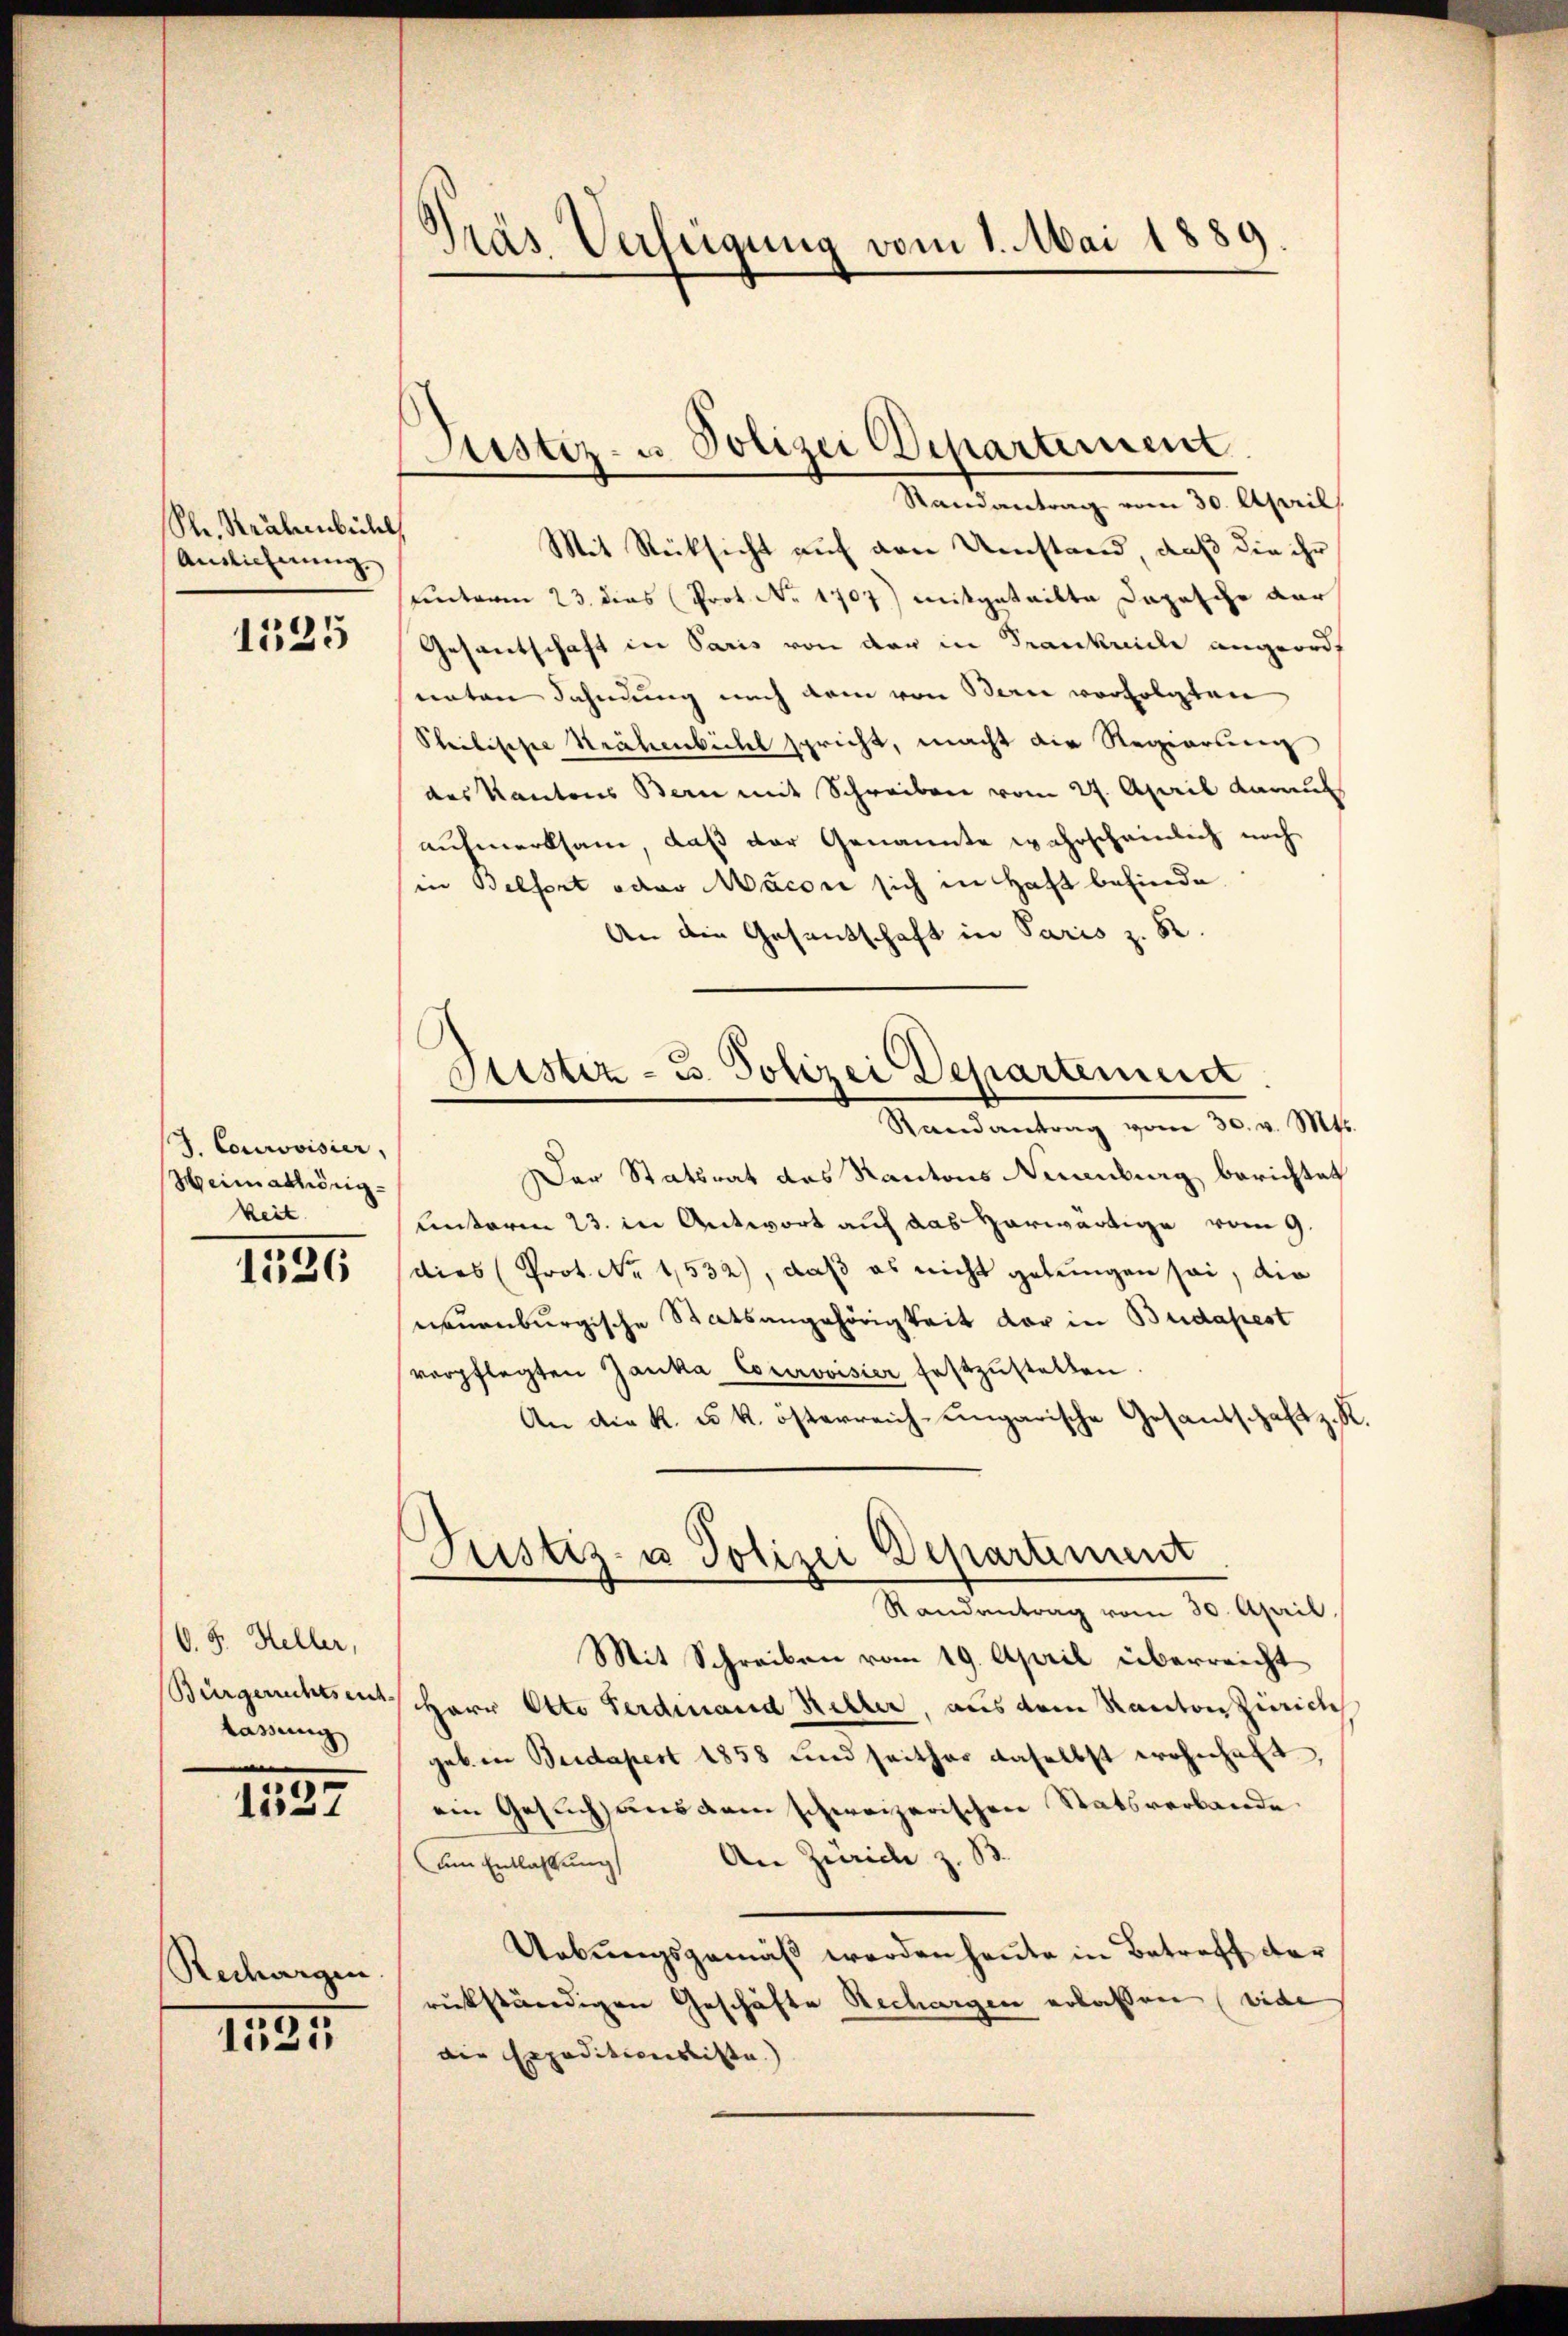
Sr. Krähenbichl
Ansicherung

1525

J. Courovisier,
Heimathörig
keit.

1526

O. J. Heller,
Bürgerrechtsent.
lassung

1537

Rechargen

1535

Gräs Verfügung vom 1. Mai 1889

Justiz- u. Polizei Departement

Mandantung vom 10 April
Mit Rücksicht auf den Umstand, daß die ihr
Einterm 23. dies Prot. No. 1707) mitgeteilte Dapasche dar
Gesantschaft in Paris von der in Trankricle angeord
enten Dahndung nach dem von Berne verfolgten
Philischer Krähenbichl spricht, macht die Regierung
des Kantons Bern mit Schreiben vom 27. April daraus
aufmerksam, daß der Genannte wahrscheinlich noch
in Belfort oder Macon sich in Haft befinde
An die Gesantschaft in Paris z. R.

Justiz- B. Polizei Departement
Randantrag vom 30. v. Mts.

Der Statsrat des Kantons Neuenburg berichtet
Unterm 23. in Antwort auf das herwärtige vom 9.
dies (Prot. No 1532), daß es nicht gelungen sei, die
neuenburgische Statsangehörigkeit der in Budapest
verpflegten Zanka Courovisier festzŭstellen.
An die K. u. k. österreich-ungarische Gesandschaft z. R.
Mit Schreiben vom 19. April überreicht
Herr Otto Ferdinand Keller aus dem Kanton Zürich
geben Beidapest 1858 und seither daselbst wohnhaft,
ein Gesuch aus dem schweizerischen Statsverbande.
An Zürich z. B.
am Entlassung
Uebungsgemäß werden heute in Betreff der
rükständigen Geschäfte Rechargen erlassen (vide
die Expeditionsliste.

Justiz- u Polizei Departement
Randantrag vom 30. April.